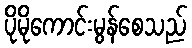
ပိုမိုကောင်းမွန်စေသည်